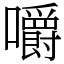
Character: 嚼